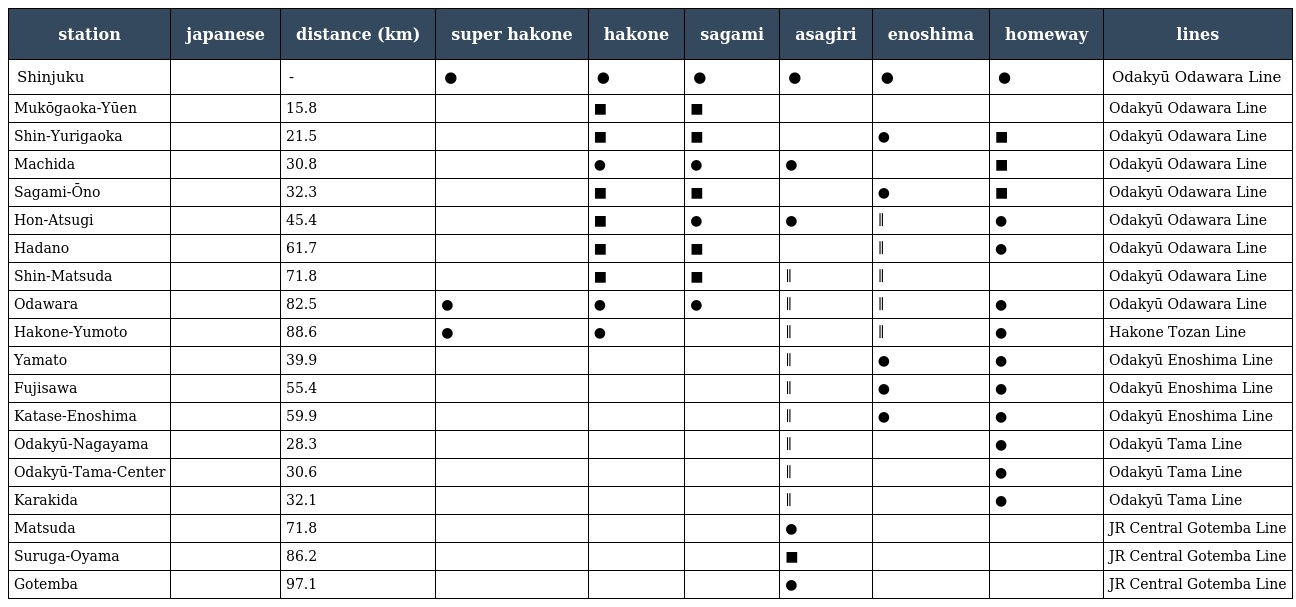
| station | japanese | distance (km) | super hakone | hakone | sagami | asagiri | enoshima | homeway | lines |
 | --- | --- | --- | --- | --- | --- | --- | --- | --- | --- |
 | Shinjuku | 新宿 | - | ● | ● | ● | ● | ● | ● | Odakyū Odawara Line |
 | Mukōgaoka-Yūen | 向ヶ丘遊園 | 15.8 | ｜ | ■ | ■ | ｜ | ｜ | ｜ | Odakyū Odawara Line |
 | Shin-Yurigaoka | 新百合ヶ丘 | 21.5 | ｜ | ■ | ■ | ｜ | ● | ■ | Odakyū Odawara Line |
 | Machida | 町田 | 30.8 | ｜ | ● | ● | ● | ｜ | ■ | Odakyū Odawara Line |
 | Sagami-Ōno | 相模大野 | 32.3 | ｜ | ■ | ■ | ｜ | ● | ■ | Odakyū Odawara Line |
 | Hon-Atsugi | 本厚木 | 45.4 | ｜ | ■ | ● | ● | ∥ | ● | Odakyū Odawara Line |
 | Hadano | 秦野 | 61.7 | ｜ | ■ | ■ | ｜ | ∥ | ● | Odakyū Odawara Line |
 | Shin-Matsuda | 新松田 | 71.8 | ｜ | ■ | ■ | ∥ | ∥ | ｜ | Odakyū Odawara Line |
 | Odawara | 小田原 | 82.5 | ● | ● | ● | ∥ | ∥ | ● | Odakyū Odawara Line |
 | Hakone-Yumoto | 箱根湯本 | 88.6 | ● | ● |  | ∥ | ∥ | ● | Hakone Tozan Line |
 | Yamato | 大和 | 39.9 |  |  |  | ∥ | ● | ● | Odakyū Enoshima Line |
 | Fujisawa | 藤沢 | 55.4 |  |  |  | ∥ | ● | ● | Odakyū Enoshima Line |
 | Katase-Enoshima | 片瀬江ノ島 | 59.9 |  |  |  | ∥ | ● | ● | Odakyū Enoshima Line |
 | Odakyū-Nagayama | 小田急永山 | 28.3 |  |  |  | ∥ |  | ● | Odakyū Tama Line |
 | Odakyū-Tama-Center | 小田急多摩センター | 30.6 |  |  |  | ∥ |  | ● | Odakyū Tama Line |
 | Karakida | 唐木田 | 32.1 |  |  |  | ∥ |  | ● | Odakyū Tama Line |
 | Matsuda | 松田 | 71.8 |  |  |  | ● |  |  | JR Central Gotemba Line |
 | Suruga-Oyama | 駿河小山 | 86.2 |  |  |  | ■ |  |  | JR Central Gotemba Line |
 | Gotemba | 御殿場 | 97.1 |  |  |  | ● |  |  | JR Central Gotemba Line |